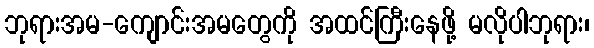
ဘုရားအမ-ကျောင်းအမတွေကို အထင်ကြီးနေဖို့ မလိုပါဘုရား၊